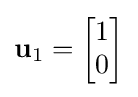
\mathbf {u} _{1}={\begin{bmatrix}1\\0\end{bmatrix}}